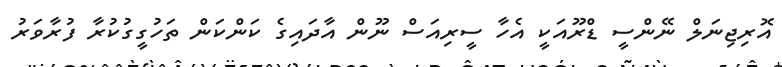
އޮރިޖިނަލް ނޭންސީ ޑްރޫއަކީ އެހާ ސީރިއަސް ނޫން އާދައިގެ ކަންކަން ތަހުގީގުކުރާ ފުރާވަރު